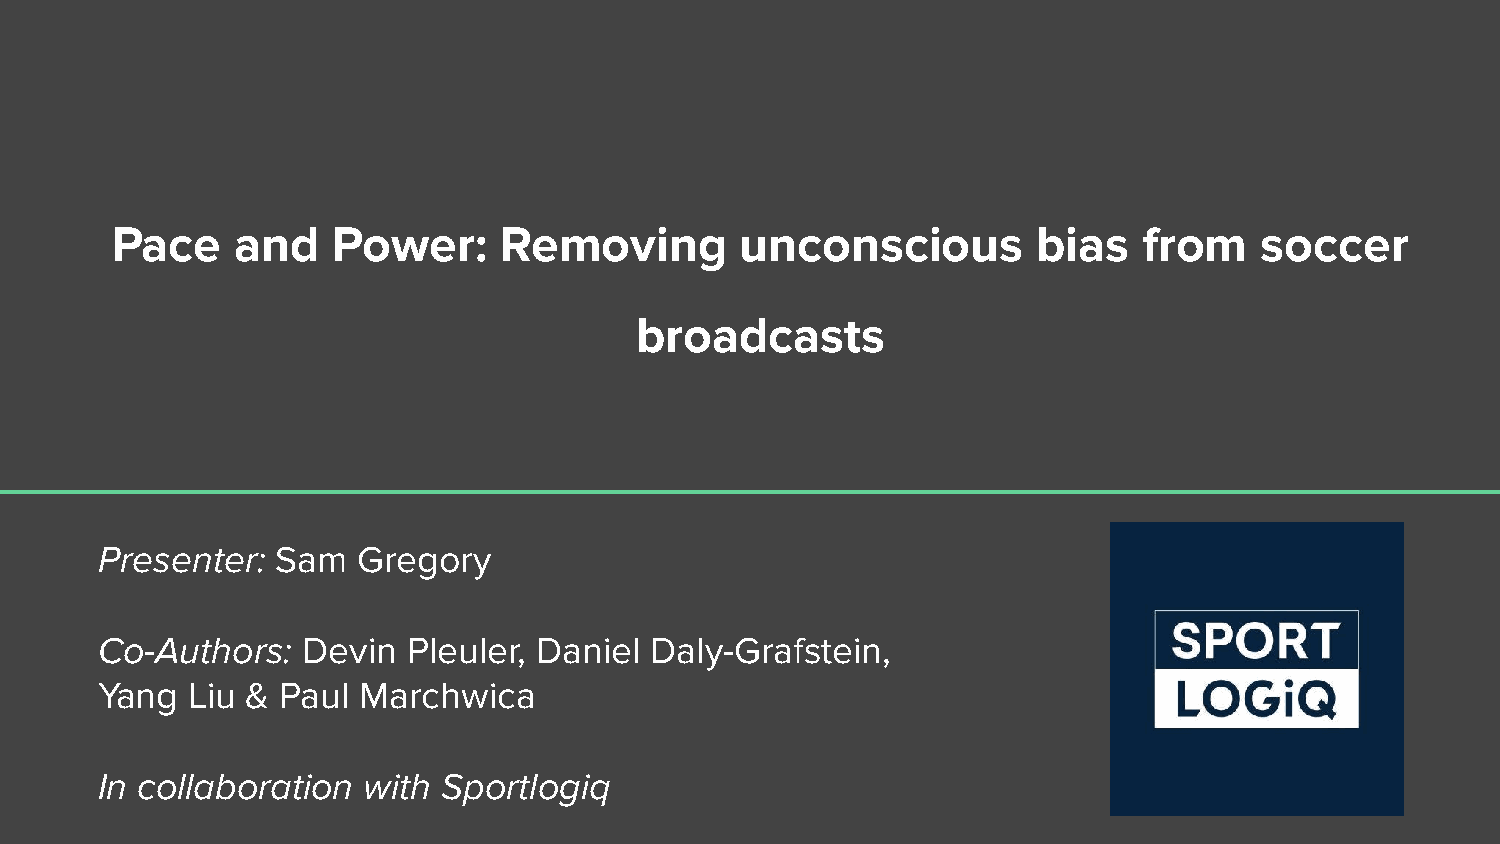
Pace     and   Power:     Removing        unconscious         bias   from   soccer
 broadcasts
 Presenter:  Sam   Gregory
 Co-Authors:   Devin  Pleuler, Daniel Daly-Grafstein,
 Yang  Liu &  Paul Marchwica
 In collaboration  with Sportlogiq